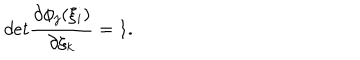
d e t \frac { \partial \phi _ { j } ( \xi _ { i } ) } { \partial \xi _ { k } } = 1 .